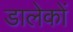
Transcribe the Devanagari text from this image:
डालेकों